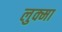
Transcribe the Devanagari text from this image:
लुक्मा